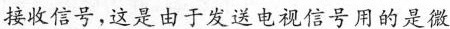
接收信号，这是由于发送电视信号用的是微